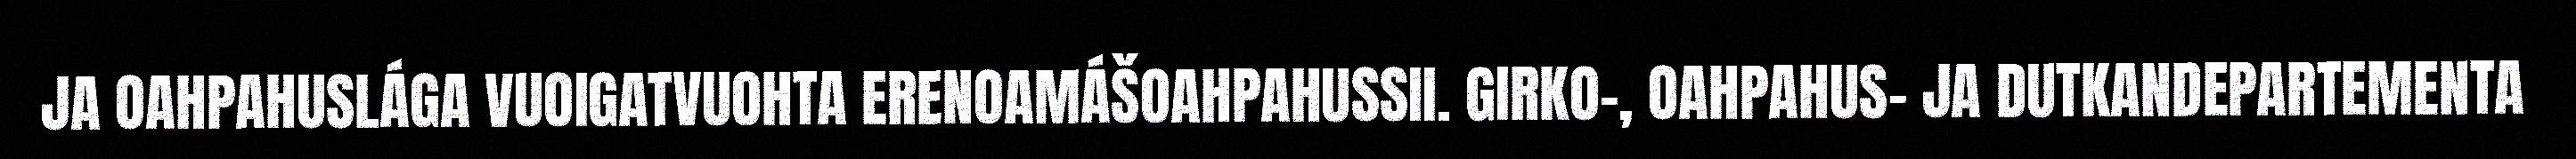
JA OAHPAHUSLÁGA VUOIGATVUOHTA ERENOAMÁŠOAHPAHUSSII. GIRKO-, OAHPAHUS- JA DUTKANDEPARTEMENTA